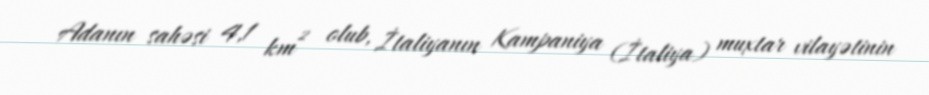
Adanın sahəsi 4,1 km² olub, İtaliyanın Kampaniya (İtaliya) muxtar vilayətinin